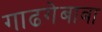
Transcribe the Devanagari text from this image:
गाढगेबाबा